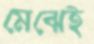
মেঝেই